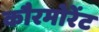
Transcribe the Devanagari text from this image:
कौरमोरेंट